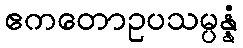
ဧကတောဥပသမ္ပန္နံ